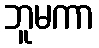
ဘူမကာ